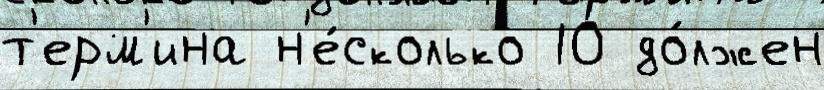
т'ерм'ина н'е́сколько 10 до́лжен